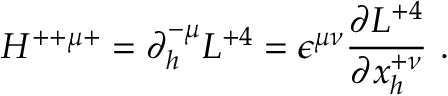
H ^ { + + \mu + } = \partial _ { h } ^ { - \mu } { \cal L } ^ { + 4 } = \epsilon ^ { \mu \nu } { \frac { \partial { { \cal L } ^ { + 4 } } } { \partial { x _ { h } ^ { + \nu } } } } \ .